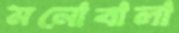
মনোবালা